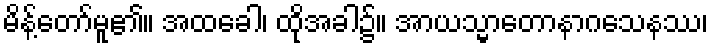
မိန့်တော်မူ၏။ အထခေါ၊ ထိုအခါ၌။ အာယသ္မာတောနာဂသေနဿ၊